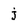
Character: j